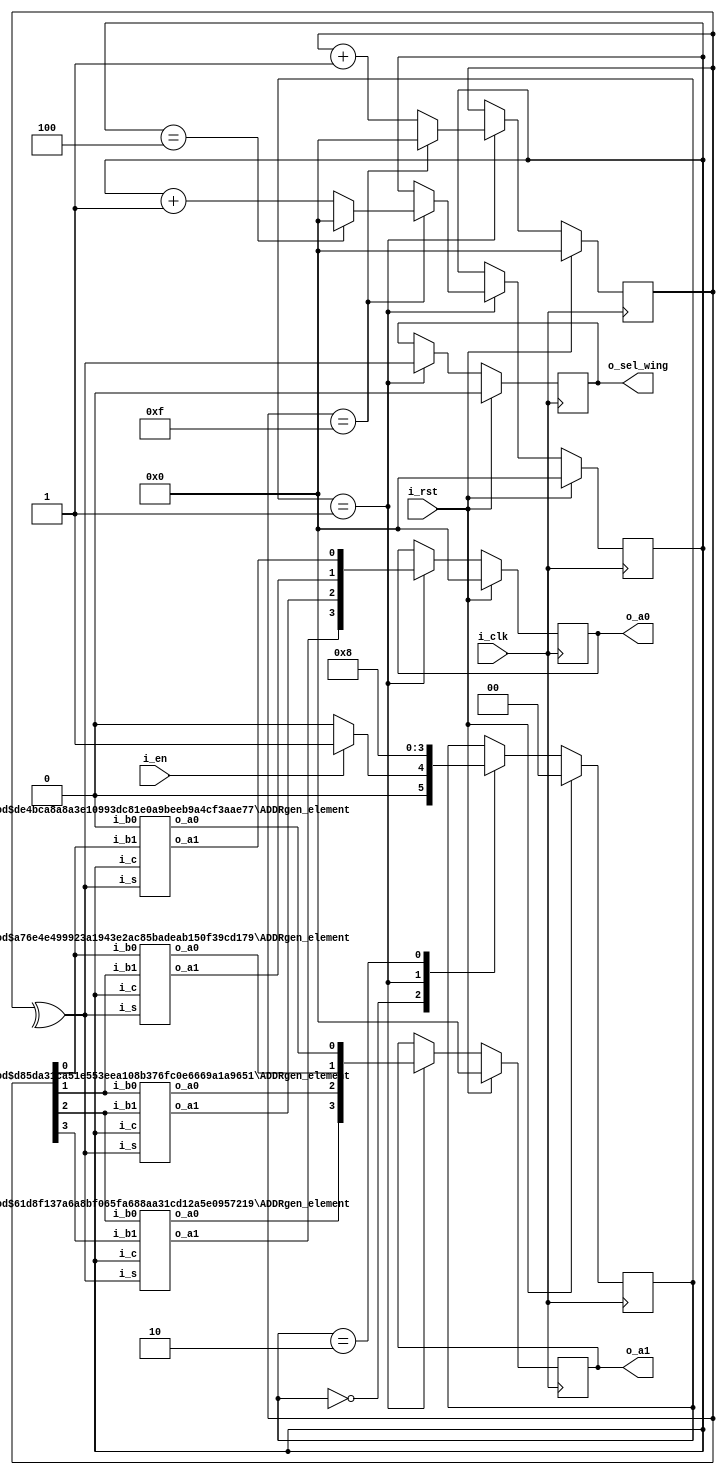
module ADDRgen #(
    parameter R = 5,
    parameter N = 32
) (
    input i_clk,
    input i_rst,
    input i_en,
    output reg o_sel_wing,
    output reg [R-2:0] o_a0,  //m0 bank address
    output reg [R-2:0] o_a1   //m1 bank address
);

// parameter, reg, wire
localparam s_0 = 2'b00; // IDLE
localparam s_1 = 2'b01; // RUN
localparam s_2 = 2'b10;
reg [1:0] r_ps; // present state
reg [R-2:0] r_bcnt;
reg [3:0] r_ccnt;
wire [R-2:0] w_a0;
wire [R-2:0] w_a1;

// Internal Connection
ADDRgen_element #(.i(0), .R(5)) ADDRgen_element_a0(
.i_b1(r_bcnt[0]),
.i_b0(1'b0),
.i_c(r_ccnt),
.i_s(^r_bcnt),
.o_a0(w_a0[0]),
.o_a1(w_a1[0]) 
);
ADDRgen_element #(.i(1), .R(5)) ADDRgen_element_a1(
.i_b1(r_bcnt[1]),
.i_b0(r_bcnt[0]),
.i_c(r_ccnt),
.i_s(^r_bcnt),
.o_a0(w_a0[1]),
.o_a1(w_a1[1]) 
);
ADDRgen_element #(.i(2), .R(5)) ADDRgen_element_a2(
.i_b1(r_bcnt[2]),
.i_b0(r_bcnt[1]),
.i_c(r_ccnt),
.i_s(^r_bcnt),
.o_a0(w_a0[2]),
.o_a1(w_a1[2]) 
);
ADDRgen_element #(.i(3), .R(5)) ADDRgen_element_a3(
.i_b1(r_bcnt[3]),
.i_b0(r_bcnt[2]),
.i_c(r_ccnt),
.i_s(^r_bcnt),
.o_a0(w_a0[3]),
.o_a1(w_a1[3]) 
);
// Sequntial Logic
always @(posedge i_clk) begin
    if(i_rst) begin
        o_a0 <= 0;
        o_a1 <= 0;
        r_ps <= s_0;
        r_bcnt <= 0;
        r_ccnt <= 0;
        o_sel_wing <= 0;
    end
    else begin
        case (r_ps)
            s_0 : 
            begin
                if(i_en) r_ps <= s_1;
                else r_ps <= s_0;
            end
            s_1 :
            begin
                r_ps <= s_2;
                o_a0 <= w_a1;
                o_a1 <= w_a0;
                o_sel_wing <= ^r_bcnt;
                if(r_bcnt == N/2-1) begin
                    if(r_ccnt == R-1) begin
                        r_bcnt <= 0;
                        r_ccnt <= 0;
                    end
                    else begin
                        r_bcnt <= 0;
                        r_ccnt <= r_ccnt + 1;
                    end
                end
                else r_bcnt <= r_bcnt + 1;
            end
            s_2 :
            begin
                r_ps <= s_0;
            end
        endcase
    end
end
endmodule

module ADDRgen_element #(
    parameter i = 0,
    parameter R = 5
) (
    input i_b1,   //b_i
    input i_b0,   //b_(i-1)
    input [3:0] i_c,
    input i_s,    // barrel shifter s
    output o_a0,  //m0 bank address
    output o_a1   //m1 bank address
);
// wire
wire w_wsel;
wire w_bsel;
wire w_b;
wire w_w1, w_w0;
// Combinational Logic
assign w_wsel = (i_c == R-1-i) ? 1 : 0;     // wMUX sel signal, 1 -> select W, 0 -> select b
assign w_bsel = (i_c < R-1-i) ? 1 : 0;      // bMUX sel signal, 1 -> b_i, 0 -> b_(i-1)
// Internal Connection
barrel_shifter u_barrel_shifter(
    .s(i_s),
    .w1(w_w1),
    .w0(w_w0)
);
bwMUX bMUX(
    .in1(i_b1),
    .in2(i_b0),
    .sel(w_bsel),
    .out(w_b)
);
bwMUX wMUX0(
    .in1(w_w0),
    .in2(w_b),
    .sel(w_wsel),
    .out(o_a0)
);
bwMUX wMUX1(
    .in1(w_w1),
    .in2(w_b),
    .sel(w_wsel),
    .out(o_a1)
);
endmodule

module barrel_shifter (
    input s,
    output w1, w0
);
    assign  w1 = s ? 1'b1 : 1'b0;
    assign  w0 = s ? 1'b0 : 1'b1;
endmodule

module bwMUX
(
    input in1,
    input in2,  
    input sel,
    output out
);
assign out = sel ? in1 : in2;
endmodule